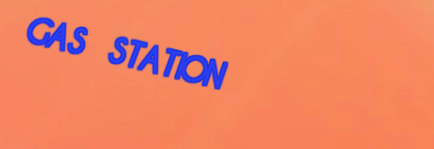
GAS STATION